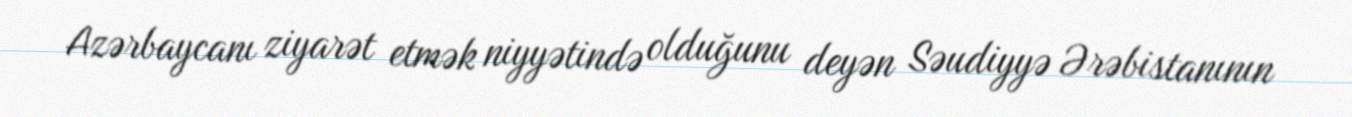
Azərbaycanı ziyarət etmək niyyətində olduğunu deyən Səudiyyə Ərəbistanının